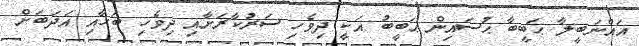
އައްނަބީލާ ޙަބީބާ ޙުސައިން ޙަބީބު އަކީ ދިވެހި ސަރުކާރަށާއި ދިވެހި ބަހާއި އަދަބަށް